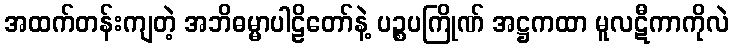
အထက်တန်းကျတဲ့ အဘိဓမ္မာပါဠိတော်နဲ့ ပဉ္စပကြိုဏ် အဋ္ဌကထာ မူလဋီကာကိုလဲ